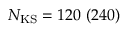
N _ { \mathrm { K S } } = 1 2 0 \ ( 2 4 0 )